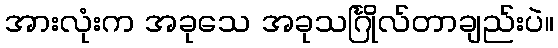
အားလုံးက အခုသေ အခုသင်္ဂြိုလ်တာချည်းပဲ။